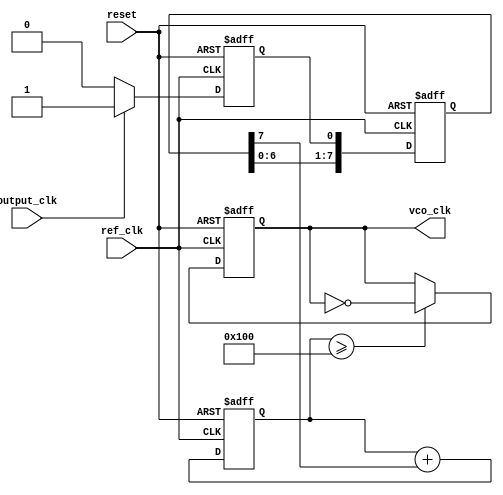
module dpll (
    input wire ref_clk,          // Reference clock
    input wire output_clk,       // Output clock
    input wire reset,            // Asynchronous reset
    output reg vco_clk           // Output clock generated by VCO
);

// Phase Detector
reg phase_error;
reg [7:0] phase_error_buffer; // A buffer for phase error data

always @(posedge ref_clk or posedge reset) begin
    if (reset) begin
        phase_error <= 0; 
        phase_error_buffer <= 0;
    end else begin
        // Simple phase comparison: if output_clk is high during ref_clk edge
        if (output_clk) begin
            phase_error <= 1; // Output clock is leading
        end else begin
            phase_error <= 0; // Output clock is lagging
        end
        phase_error_buffer <= {phase_error_buffer[6:0], phase_error}; // Shift in phase error
    end
end

// Loop Filter (Simple Proportional filter)
reg [8:0] control_signal; // 9-bit control signal for VCO

always @(posedge ref_clk or posedge reset) begin
    if (reset) begin
        control_signal <= 0;
    end else begin
        // Accumulate the phase error to derive control signal
        control_signal <= control_signal + {8'b0, phase_error_buffer[7]}; // Proportional control
    end
end

// Memory Block (as a simple array for phase adjustments)
reg [7:0] memory_block [0:255];

initial begin
    // Initialize memory with some values (example)
    memory_block[0] = 8'b00000001; // Example phase adjustment
    memory_block[1] = 8'b00000010;
    // Add more initial conditions as needed
end

// Voltage-Controlled Oscillator (VCO) Simulation
always @(posedge ref_clk or posedge reset) begin
    if (reset) begin
        vco_clk <= 0;
    end else begin
        // Update VCO output clock based on control signal
        if (control_signal >= 256) // Example threshold for toggling
            vco_clk <= ~vco_clk;   // Toggle the output clock
    end
end

endmodule